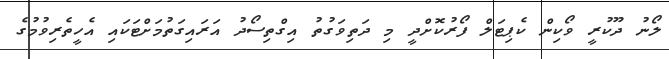
ލޯނު ދޫކުރީ ވޯކިން ކެޕިޓަލް ފޯރުކޮށްދީ މި ދަތިވަގުތު އިގްތިސޯދު އަރައިގަތުމަަށްޓަކައި އެހީތެރިވުމުގެ